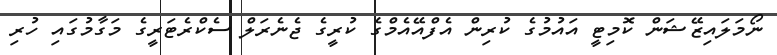
ނޯމަލައިޒޭޝަން ކޮމިޓީ އައުމުގެ ކުރިން އެފްއޭއެމްގެ ކުރީގެ ޖެނެރަލް ސެކްރެޓަރީގެ މަގާމުގައި ހުރި